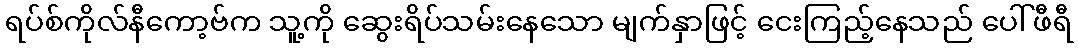
ရပ်စ်ကိုလ်နီကော့ဗ်က သူ့ကို ဆွေးရိပ်သမ်းနေသော မျက်နှာဖြင့် ငေးကြည့်နေသည် ပေါ်ဖီရီ